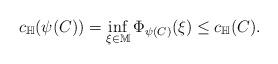
LaTeX: \begin{align*}c_{\mathbb{H}}(\psi(C)) = \inf_{\xi\in \mathbb{M}} \Phi_{\psi(C)} (\xi) \leq c_{\mathbb{H}}(C).\end{align*}